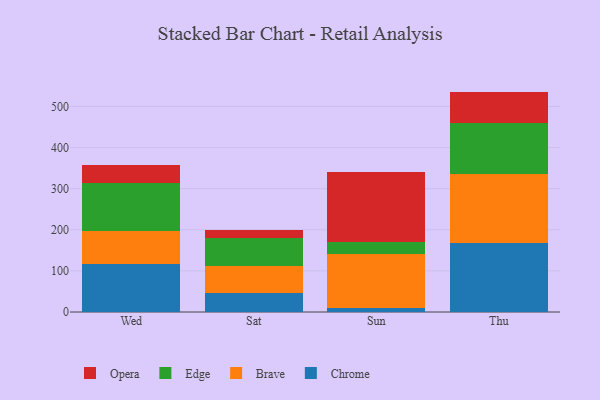
{"axis": {"x": "Day", "y": "Gross Profit (USD K)"}, "legend": ["Brave", "Chrome", "Edge", "Opera"], "data": [{"x": "Wed", "y": 116.7, "type": "Chrome"}, {"x": "Wed", "y": 80.5, "type": "Brave"}, {"x": "Wed", "y": 115.6, "type": "Edge"}, {"x": "Wed", "y": 44.6, "type": "Opera"}, {"x": "Sat", "y": 47.2, "type": "Chrome"}, {"x": "Sat", "y": 64.8, "type": "Brave"}, {"x": "Sat", "y": 67.2, "type": "Edge"}, {"x": "Sat", "y": 21.2, "type": "Opera"}, {"x": "Sun", "y": 9.0, "type": "Chrome"}, {"x": "Sun", "y": 131.4, "type": "Brave"}, {"x": "Sun", "y": 30.2, "type": "Edge"}, {"x": "Sun", "y": 169.8, "type": "Opera"}, {"x": "Thu", "y": 168.0, "type": "Chrome"}, {"x": "Thu", "y": 167.7, "type": "Brave"}, {"x": "Thu", "y": 124.6, "type": "Edge"}, {"x": "Thu", "y": 75.9, "type": "Opera"}]}